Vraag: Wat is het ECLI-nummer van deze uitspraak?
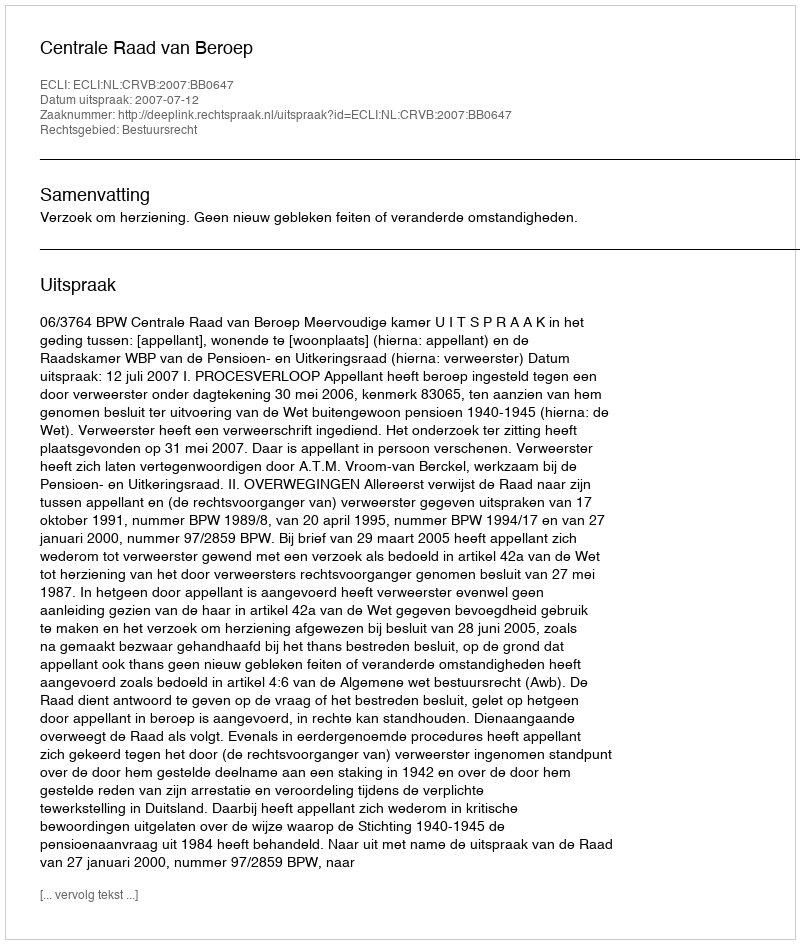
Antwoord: ECLI:NL:CRVB:2007:BB0647